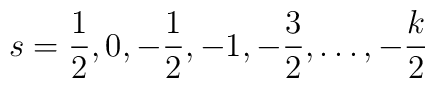
s=\frac{1}{2}, 0, -\frac{1}{2}, -1, -\frac{3}{2}, \ldots, -\frac{k}{2}